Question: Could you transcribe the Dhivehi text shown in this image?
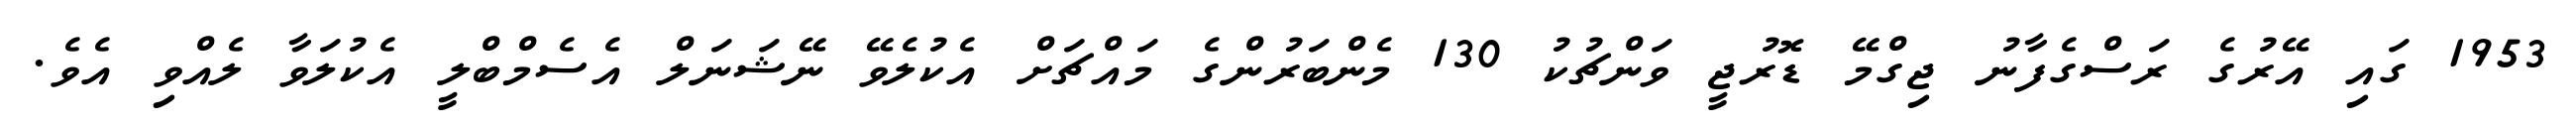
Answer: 1953 ގައި އޭރުގެ ރަސްގެފާނު ޖިގްމޭ ޑޮރުޖީ ވަންޗުކު 130 މެންބަރުންގެ މައްޗަށް އެކުލެވޭ ނޭޝަނަލް އެސެމްބްލީ އެކުލަވާ ލެއްވި އެވެ.